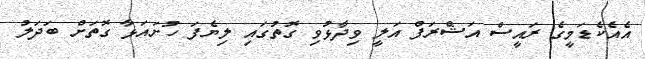
އެއެކެޑަމީގެ ރައީސް އަޝްރަފް އަލީ ވިދާޅުވި ގޮތުގައި ލިޔެފަ ހުށައަޅާ ގޮތަށް ބަދަލު